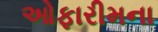
ઓફારીમના